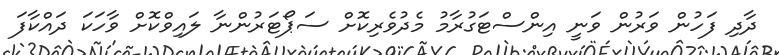
ދާދި ފަހުން ވަރުން ވަނީ އިންސްޓަގުރާމު މެދުވެރިކޮށް ސަޕޯޓަރުންނާ ލައިވްކޮށް ވާހަކަ ދައްކާފަ